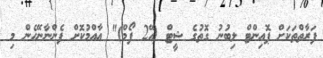
ފަރާތްތަކަށް ޕޮއިންޓް ލިބުނު ގޮތުގެ ޝީޓް (އޭ2 ފޯމް)" އާއްމުކޮށް ފެންނާނޭހެން މި